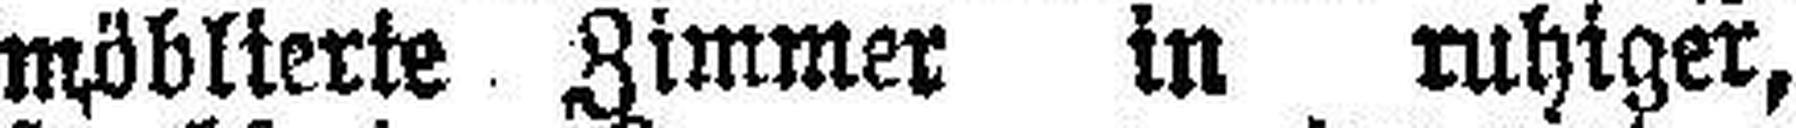
möblierte Zimmer in ruhiger,